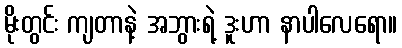
မိုးတွင်း ကျတာနဲ့ အဘွားရဲ့ ဒူးဟာ နာပါလေရော။